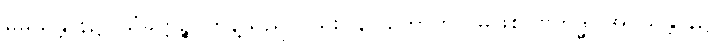
မိမိသန္တာန်၌။ သံခိတ္တဉ္စ၊ တွန့်သည်လည်း။ န (ဟောတိ)၊ မဖြစ်။ ဗဟိဒ္ဓါ၊ အပသန္တာန်၌။